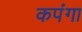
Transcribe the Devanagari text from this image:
कपंगा